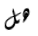
هل